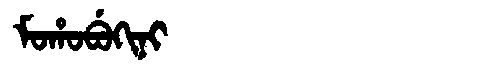
Manchu: ᠮᠣᡥᠣᠪᡠᡴᡳᠨᡳ
Romanization: MOHOBUKINI